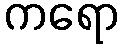
ကရော